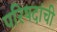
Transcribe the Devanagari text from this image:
परिषदांची